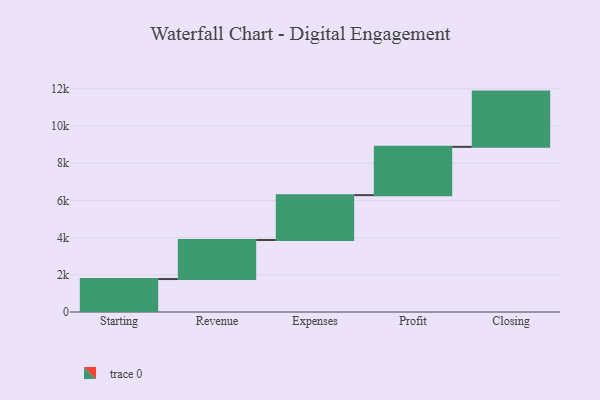
{"axis": {"x": "Step", "y": "Value"}, "legend": [""], "data": [{"x": "Starting", "y": 1772.0, "type": ""}, {"x": "Revenue", "y": 2098.0, "type": ""}, {"x": "Expenses", "y": 2413.0, "type": ""}, {"x": "Profit", "y": 2597.0, "type": ""}, {"x": "Closing", "y": 2970.0, "type": ""}]}